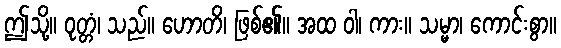
ဤသို့။ ဝုတ္တံ၊ သည်။ ဟောတိ၊ ဖြစ်၏။ အထ ဝါ၊ ကား။ သမ္မာ၊ ကောင်းစွာ။